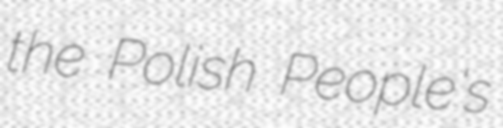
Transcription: the Polish People's